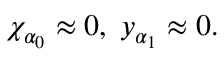
\chi _ { \alpha _ { 0 } } \approx 0 , \; y _ { \alpha _ { 1 } } \approx 0 .